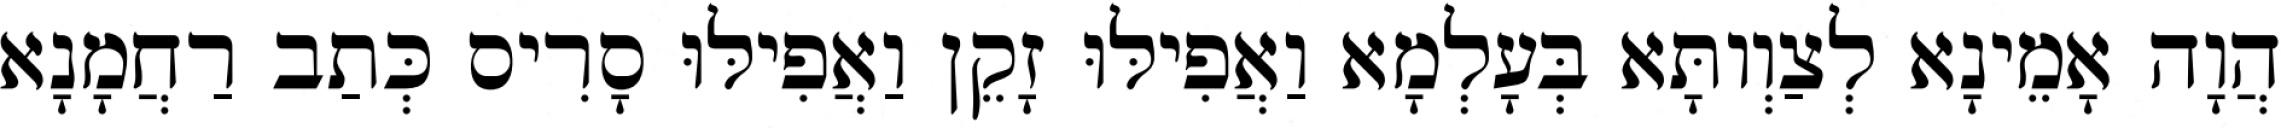
הֲוָה אָמֵינָא לְצַוְותָּא בְּעָלְמָא וַאֲפִילּוּ זָקֵן וַאֲפִילּוּ סָרִיס כְּתַב רַחֲמָנָא